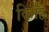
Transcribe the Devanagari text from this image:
किहि